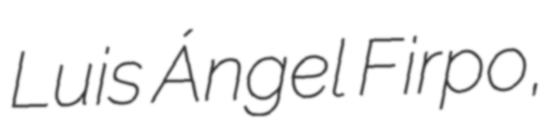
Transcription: Luis Ángel Firpo,